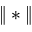
\| * \|